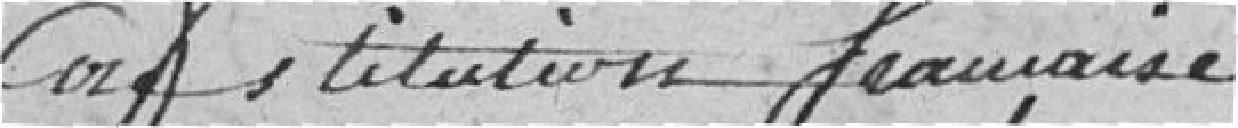
Constitution française